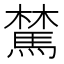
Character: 𩤆